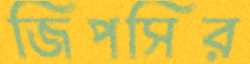
জিপসির